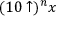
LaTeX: ( 1 0 \uparrow ) ^ { n } x